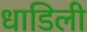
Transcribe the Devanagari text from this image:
धाडिली